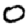
Digit: 0